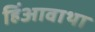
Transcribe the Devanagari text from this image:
हिंआवाथा